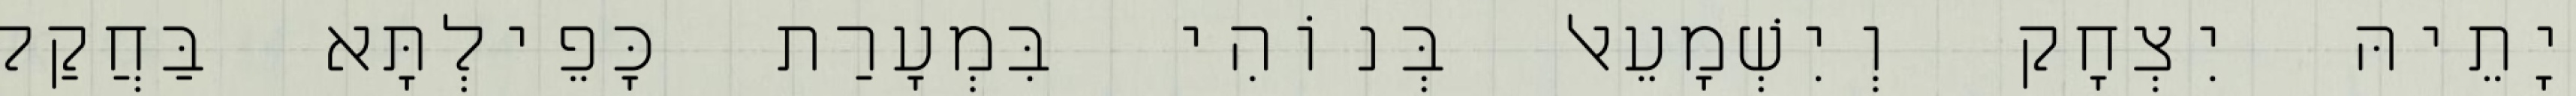
יָתֵיהּ יִצְחָק וְיִשְׁמָעֵאל בְּנוֹהִי בִּמְעָרַת כָּפֵילְתָּא בַּחֲקַל